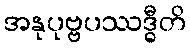
အနုပုဗ္ဗပဿဒ္ဓီတိ